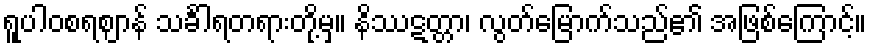
ရူပါဝစရဈာန် သင်္ခါရတရားတို့မှ။ နိဿဋတ္တာ၊ လွတ်မြောက်သည်၏ အဖြစ်ကြောင့်။